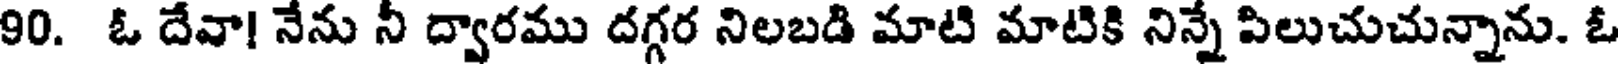
90. ఓ దేవా! నేను నీ ద్వారము దగ్గర నిలబడి మాటి మాటికి నిన్నే పిలుచుచున్నాను. ఓ